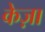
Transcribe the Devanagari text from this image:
केज़ा